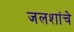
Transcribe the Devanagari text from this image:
जलशांचे